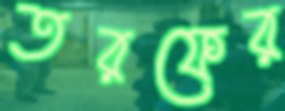
তরফের